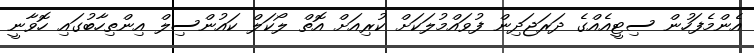
އެންމެފަހުން ސިޓީއެއްގެ ދަރަޖަދިން ފުވައްމުލަކަށް ކުރިއަށް އޮތް ލޯކަލް ކައުންސިލް އިންތިހާބުގައި ހޮވާނީ